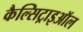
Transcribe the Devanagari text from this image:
कैल्सिट्राइऑल